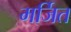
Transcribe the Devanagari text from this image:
मर्जित